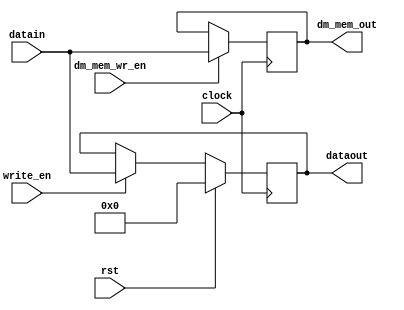
module regr2(clock,write_en,rst,dm_mem_wr_en,datain,dataout,dm_mem_out); 
	input clock,write_en,dm_mem_wr_en,rst; 
	input [15:0] datain; 
	output reg [15:0] dataout = 16'd0;
	output reg [15:0] dm_mem_out;	
	always @(posedge clock) 
	begin 
	if (write_en == 1)begin
		dataout <= datain; 
	end
	if (dm_mem_wr_en == 1)begin
		dm_mem_out <= datain; 
	end
	if (rst == 1)begin
	    dataout <= 16'd0;
		 $display("[display] time=%0t rst_out=%0d",$time,dataout);
	end
	end

		
endmodule